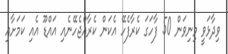
ވިދާޅަވީ މިނިވަން 50 ފާހަގަ ކެރާފެހޭ އެކަން ކެރާއްޖެހޭނެއި އައްޑޫ އެއި ކަމަށާއި